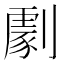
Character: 𠟵